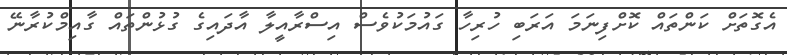
އެގޮތަށް ކަންތައް ކޮށްފިނަމަ އަރަބި ހުރިހާ ގައުމަކުވެސް އިސްރާއީލާ އާދައިގެ ގުޅުންތައް ގާއިމްކުރާނޭ